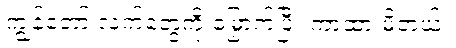
ကျွန်တော် လက်တွေကို မြှောက်ပြီး ကာထားမိတယ်။